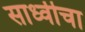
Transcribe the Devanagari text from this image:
साध्वीचा